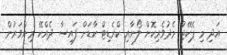
އަދި މި ޕެކޭޖު މެދުވެރިކޮށް ލޯނާއި ކްރެޑިޓް ކާޑަށް ފައިސާ ދެއްކޭ މިންވަރުން